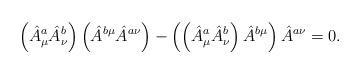
LaTeX: \begin{align*}\left (\hat A^a_\mu \hat A^b_\nu\right )\left (\hat A^{b\mu} \hat A^{a\nu}\right ) - \left ( \left ( \hat A^a_\mu \hat A^b_\nu \right ) \hat A^{b\mu}\right ) \hat A^{a\nu} = 0 .\end{align*}